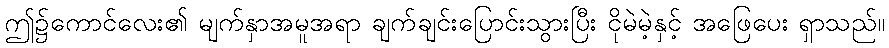
ဤ၌ကောင်လေး၏ မျက်နှာအမူအရာ ချက်ချင်းပြောင်းသွားပြီး ငိုမဲမဲ့နှင့် အဖြေပေး ရှာသည်။